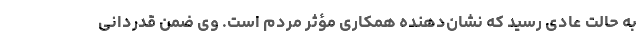
به حالت عادی رسید که نشان‌دهنده همکاری مؤثر مردم است. وی ضمن قدردانی